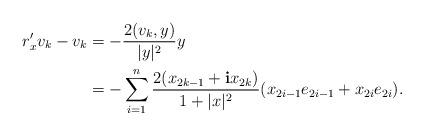
LaTeX: \begin{align*} r'_{x}v_k-v_k&=-\frac{2(v_k,y)}{|y|^2}y \\&= - \sum_{i=1}^n \frac{2(x_{2k-1}+\mathbf{i}x_{2k})}{1+|x|^2}(x_{2i-1}e_{2i-1}+x_{2i}e_{2i}).\end{align*}